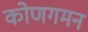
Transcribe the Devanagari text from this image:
कोणगमन